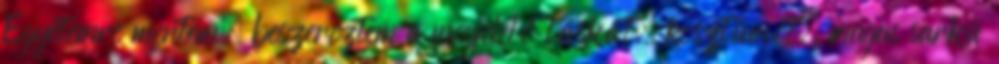
Egyetemre mentem, beszereztem a megfelelő táskát, kosztümöt, magas sarkú